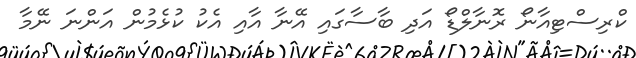
ކްރިސްޓިއާނޯ ރޮނާލްޑޯ އަދި ބާސާގައި އޭނާ އާއި އެކު ކުޅެމުން އަންނަ ނޭމާ